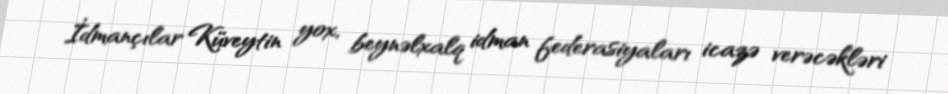
İdmançılar Küveytin yox, beynəlxalq idman federasiyaları icazə verəcəkləri